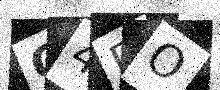
Text: Q4DO